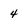
Character: 4